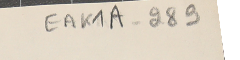
EAK1K1A-289